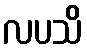
လပသိ